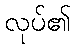
လုပ်၏